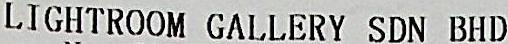
LIGHTROOM GALLERY SDN BHD